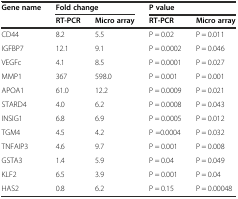
<table><thead><tr><td><b>Gene name</b></td><td colspan="2"><b>Fold change</b></td><td colspan="2"><b>P value</b></td></tr><tr><td></td><td><b>RT-PCR</b></td><td><b>Micro array</b></td><td><b>RT-PCR</b></td><td><b>Micro array</b></td></tr></thead><tbody><tr><td>CD44</td><td>8.2</td><td>5.5</td><td>P = 0.02</td><td>P = 0.011</td></tr><tr><td>IGFBP7</td><td>12.1</td><td>9.1</td><td>P = 0.0002</td><td>P = 0.046</td></tr><tr><td>VEGFc</td><td>4.1</td><td>8.5</td><td>P = 0.0001</td><td>P = 0.027</td></tr><tr><td>MMP1</td><td>367</td><td>598.0</td><td>P = 0.001</td><td>P = 0.001</td></tr><tr><td>APOA1</td><td>61.0</td><td>12.2</td><td>P = 0.0009</td><td>P = 0.021</td></tr><tr><td>STARD4</td><td>4.0</td><td>6.2</td><td>P = 0.0008</td><td>P = 0.043</td></tr><tr><td>INSIG1</td><td>6.8</td><td>6.9</td><td>P = 0.0005</td><td>P = 0.012</td></tr><tr><td>TGM4</td><td>4.5</td><td>4.2</td><td>P =0.0004</td><td>P = 0.032</td></tr><tr><td>TNFAIP3</td><td>4.6</td><td>9.7</td><td>P = 0.001</td><td>P = 0.008</td></tr><tr><td>GSTA3</td><td>1.4</td><td>5.9</td><td>P = 0.04</td><td>P = 0.049</td></tr><tr><td>KLF2</td><td>6.5</td><td>3.9</td><td>P = 0.001</td><td>P = 0.04</td></tr><tr><td>HAS2</td><td>0.8</td><td>6.2</td><td>P = 0.15</td><td>P = 0.00048</td></tr></tbody></table>